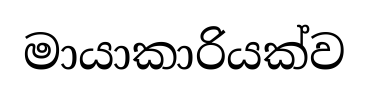
මායාකාරියක්ව